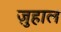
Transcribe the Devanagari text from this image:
ज़ुहाल